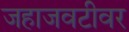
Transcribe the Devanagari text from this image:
जहाजवटीवर